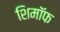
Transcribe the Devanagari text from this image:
शिमॉफ